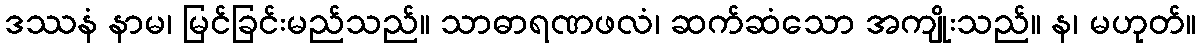
ဒဿနံ နာမ၊ မြင်ခြင်းမည်သည်။ သာဓာရဏဖလံ၊ ဆက်ဆံသော အကျိုးသည်။ န၊ မဟုတ်။